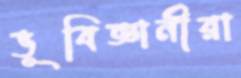
ভূবিজ্ঞানীরা